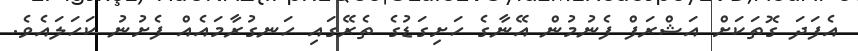
އެފަދަ ގޮތަކަށް އަޝްރަފް ފެނުމުން އޭނާގެ ހަށިގަޑުގެ ތެރޭގައި ހަނގުރާމައެއް ފެށުނު ކަހަލައެވެ.